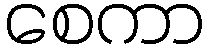
စေကာ